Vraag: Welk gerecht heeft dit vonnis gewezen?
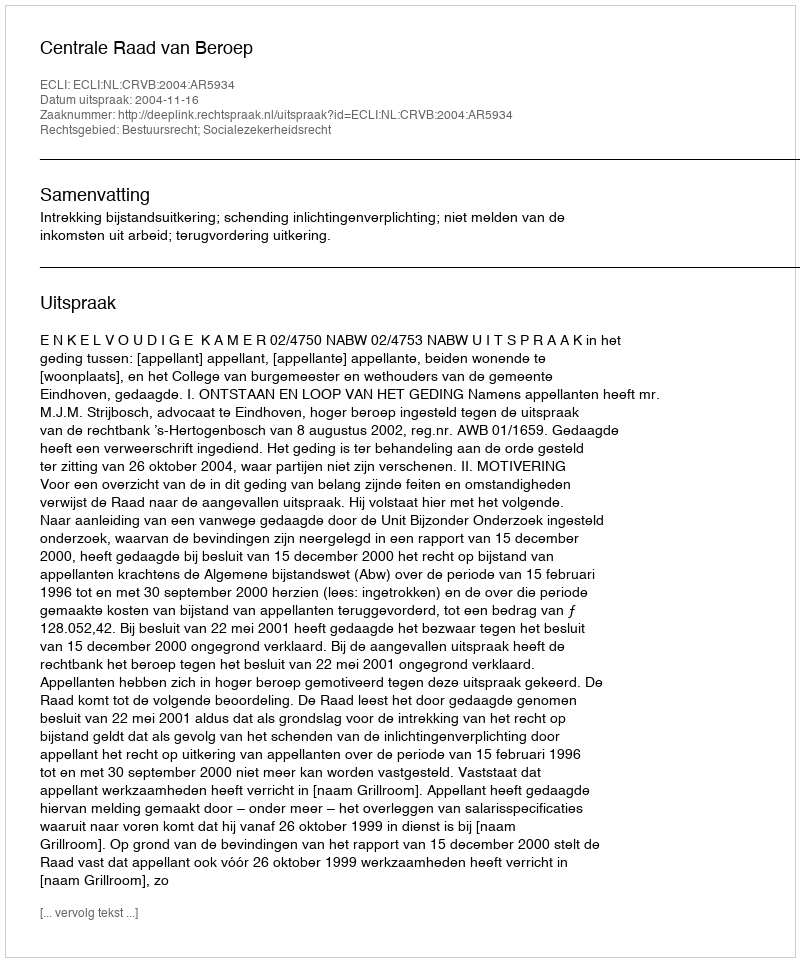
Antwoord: Centrale Raad van Beroep